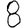
Digit: 8